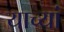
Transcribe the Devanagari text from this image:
याच्यां